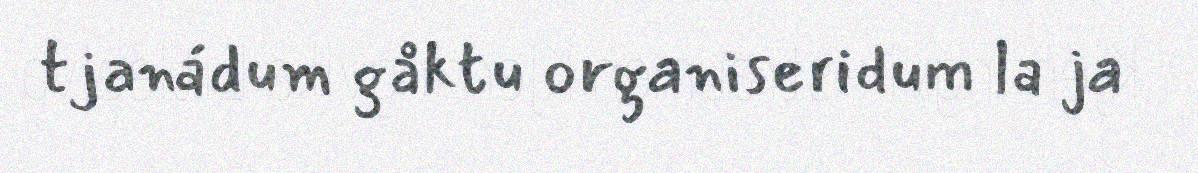
tjanádum gåktu organiseridum la ja